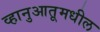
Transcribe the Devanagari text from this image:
व्हानुआतूमधील